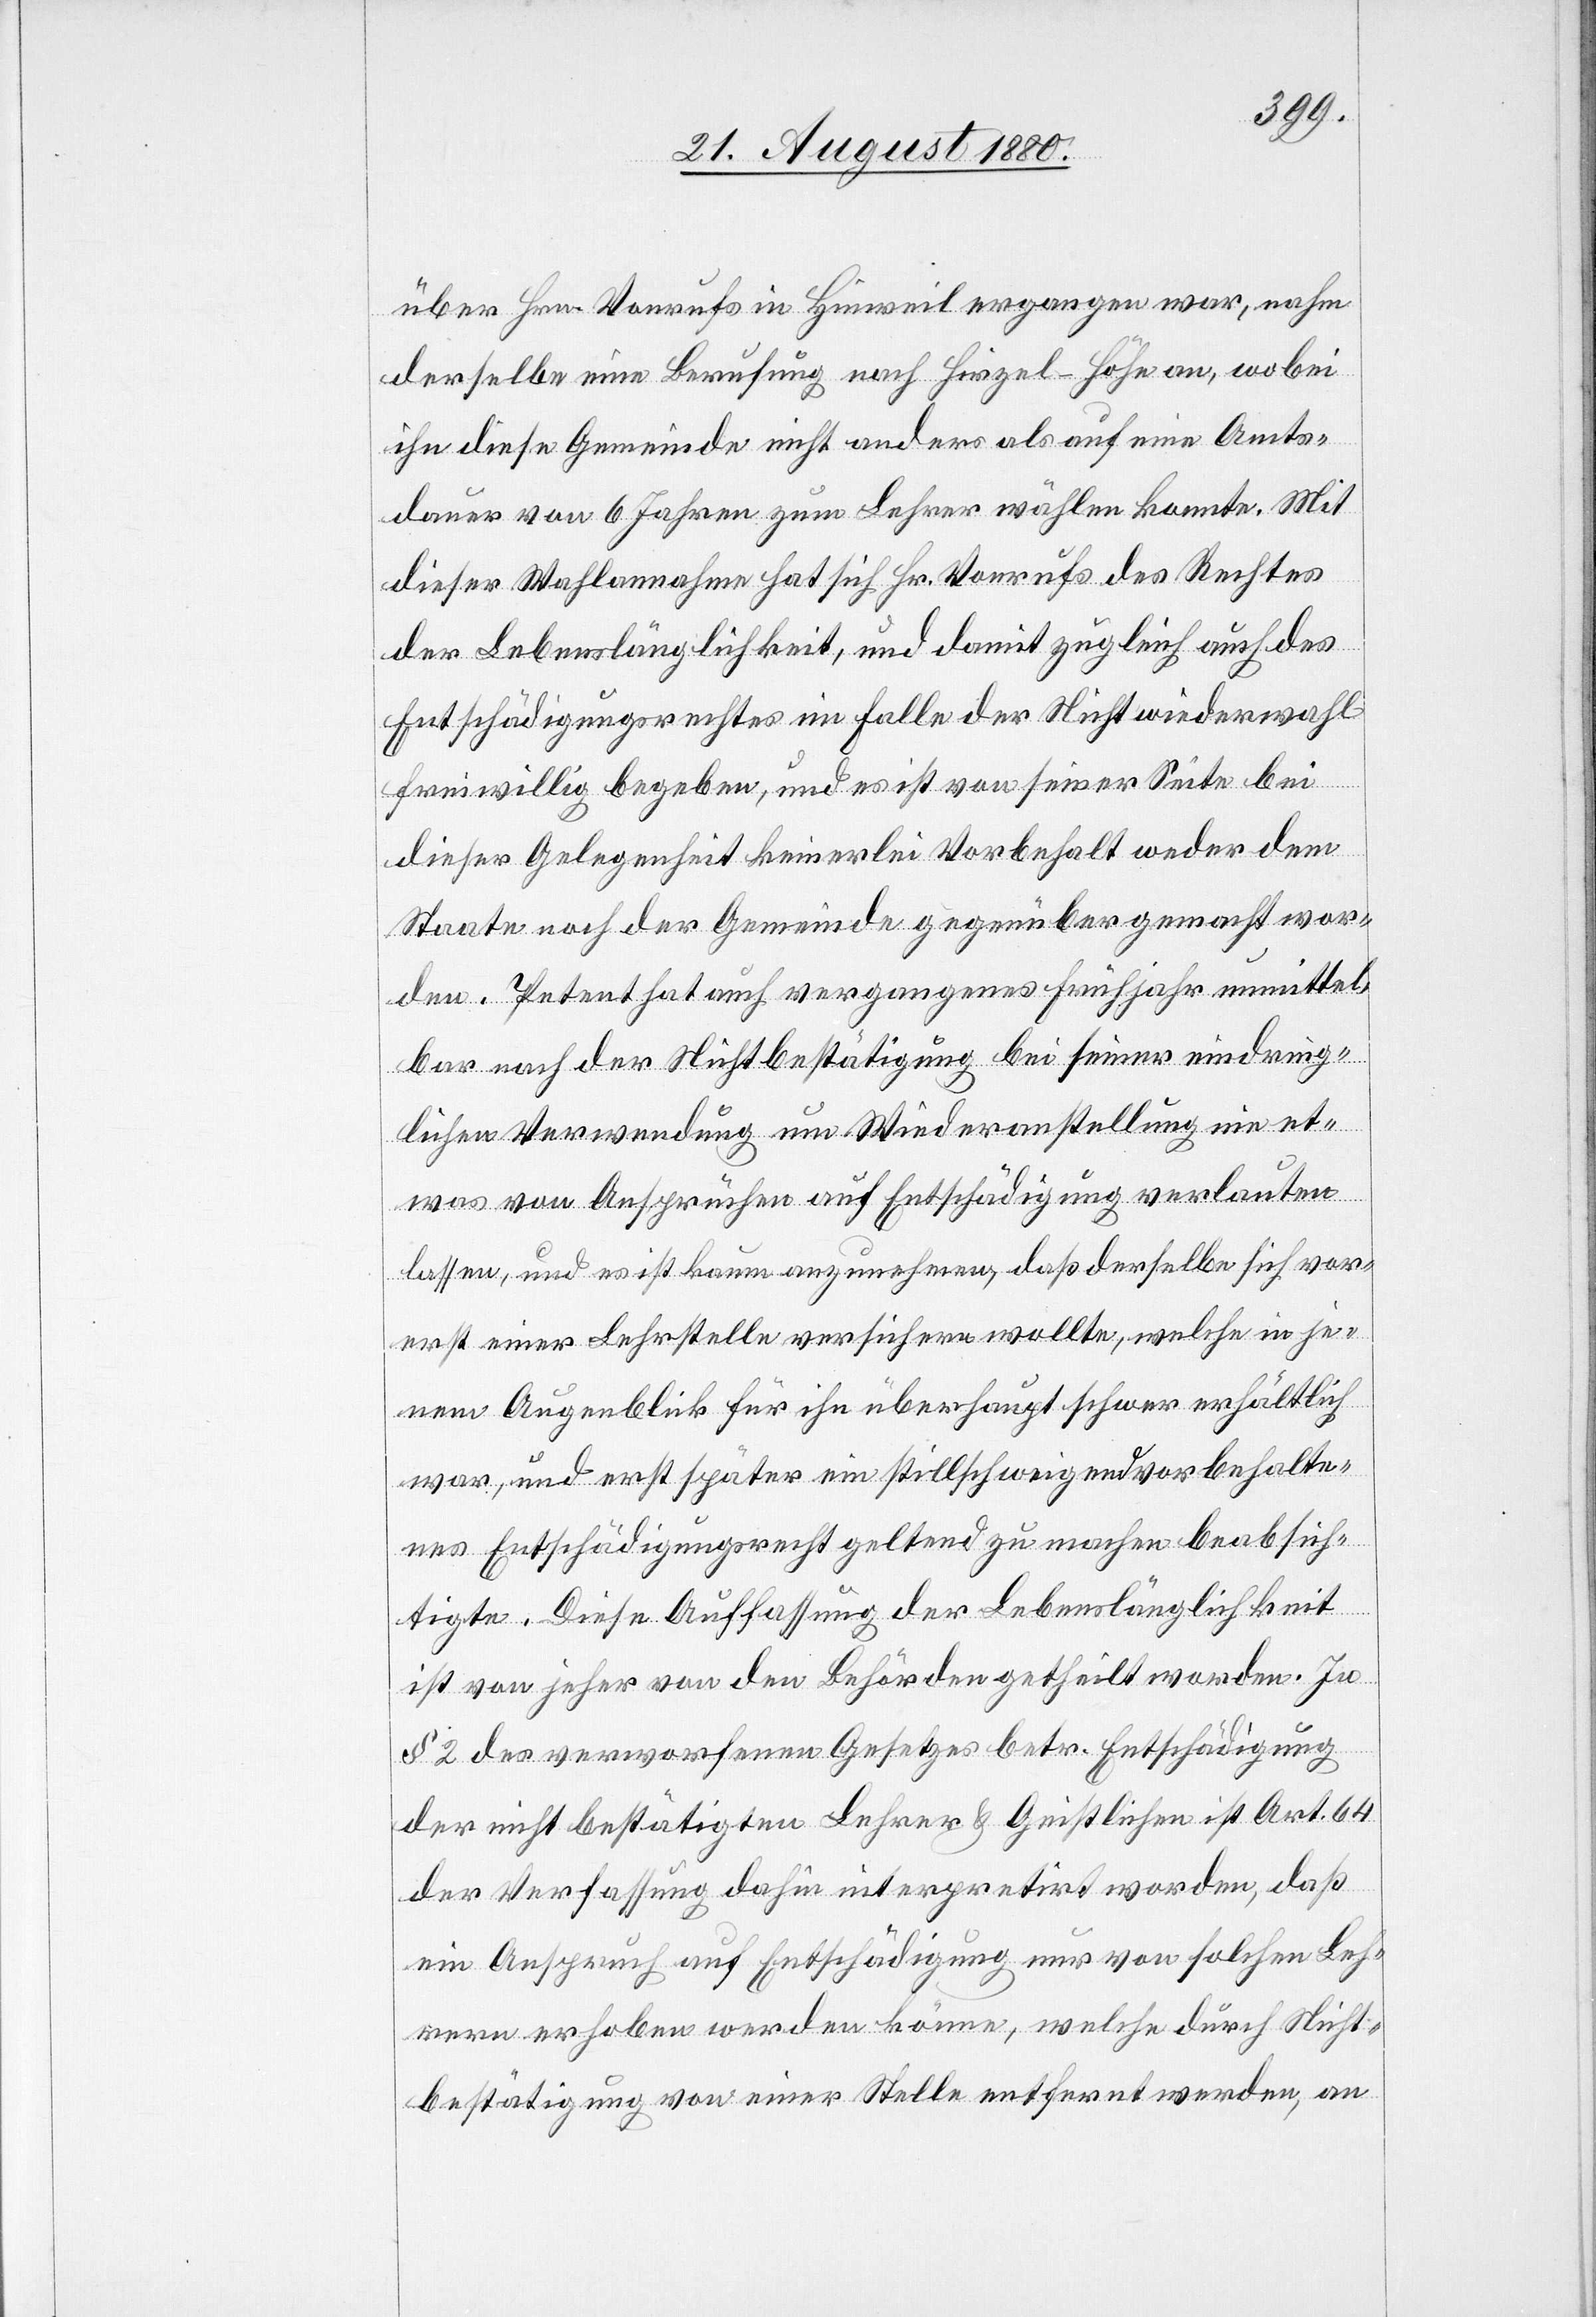
über Hrn. Vonrufs in Hinweil ergangen war, nahm
derselbe eine Berufung nach Hirzel - Höhe an, wobei
ihn diese Gemeinde nicht anders als auf eine Amts¬
dauer von 6 Jahren zum Lehrer wählen konnte. Mit
dieser Wahlannahme hat sich Hr. Vonrufs des Rechtes
der Lebenslänglichkeit, und damit zugleich auch des
Entschädigungsrechtes im Falle der Nichtwiederwahl
freiwillig begeben, und es ist von seiner Seite bei
dieser Gelegenheit keinerlei Vorbehalt weder dem
Staate noch der Gemeinde gegenüber gemacht wor¬
den. Petent hat auch vergangenes Frühjahr unmittel¬
bar nach der Nichtbestätigung bei seiner eindring¬
lichen Verwendung um Wiederanstellung ein et¬
was von Ansprüchen auf Entschädigung verlauten
lassen, und es ist kaum anzunehmen, daß derselbe sich vor¬
erst einer Lehrstelle versichern wollte, welche in je¬
nem Augenblick für ihn überhaupt schwer erhältlich
war, und erst später ein stillschweigend vorbehalte¬
nes Entschädigungsrecht geltend zu machen beabsich¬
tigte. Diese Auffassung der Lebenslänglichkeit
ist von jeher von den Behörden getheilt worden. In
§ 2 des verworfenen Gesetzes betr. Entschädigung
der nicht bestätigten Lehrer & Geistlichen ist Art. 64
der Verfassung dahin interpretirt worden, daß
ein Anspruch auf Entschädigung nur von solchen Leh¬
rern erhoben werden könne, welche durch Nicht¬
bestätigung von einer Stelle entfernt werden, an